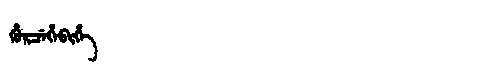
Manchu: ᡥᡠᡵᠴᡝᡥᡝᠪᡳᡥᡝ
Romanization: HURCEHEBIHE